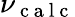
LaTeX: \nu_{\mathrm{~c~a~l~c~}}